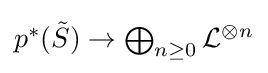
\textstyle p^{*}({\tilde {S}})\to \bigoplus _{n\geq 0}{\mathcal {L}}^{\otimes n}